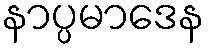
နာပ္ပမာဒေန